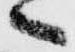
へ